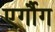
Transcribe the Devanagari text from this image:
एर्गौग